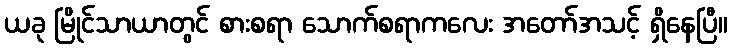
ယခု မြိုင်သာယာတွင် စားစရာ သောက်စရာကလေး အတော်အသင့် ရှိနေပြီ။